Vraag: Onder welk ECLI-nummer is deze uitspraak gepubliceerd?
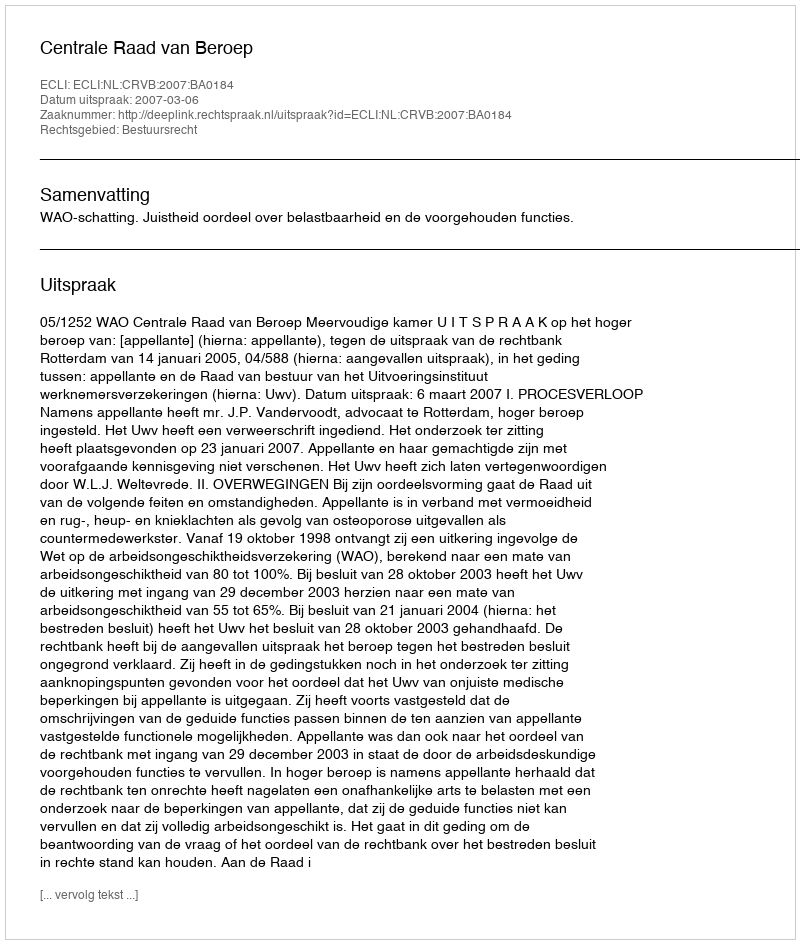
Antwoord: ECLI:NL:CRVB:2007:BA0184